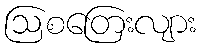
ဩစတြေးလျား